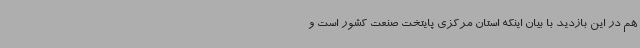
هم در این بازدید با بیان اینکه استان مرکزی پایتخت صنعت کشور است و